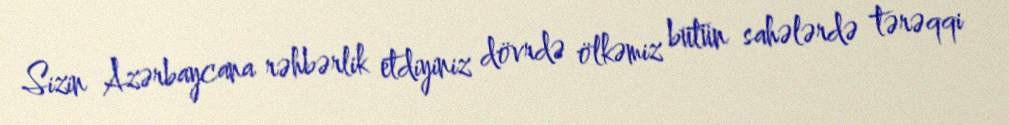
Sizin Azərbaycana rəhbərlik etdiyiniz dövrdə ölkəmiz bütün sahələrdə tərəqqi